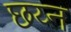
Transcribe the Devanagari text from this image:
छय्न